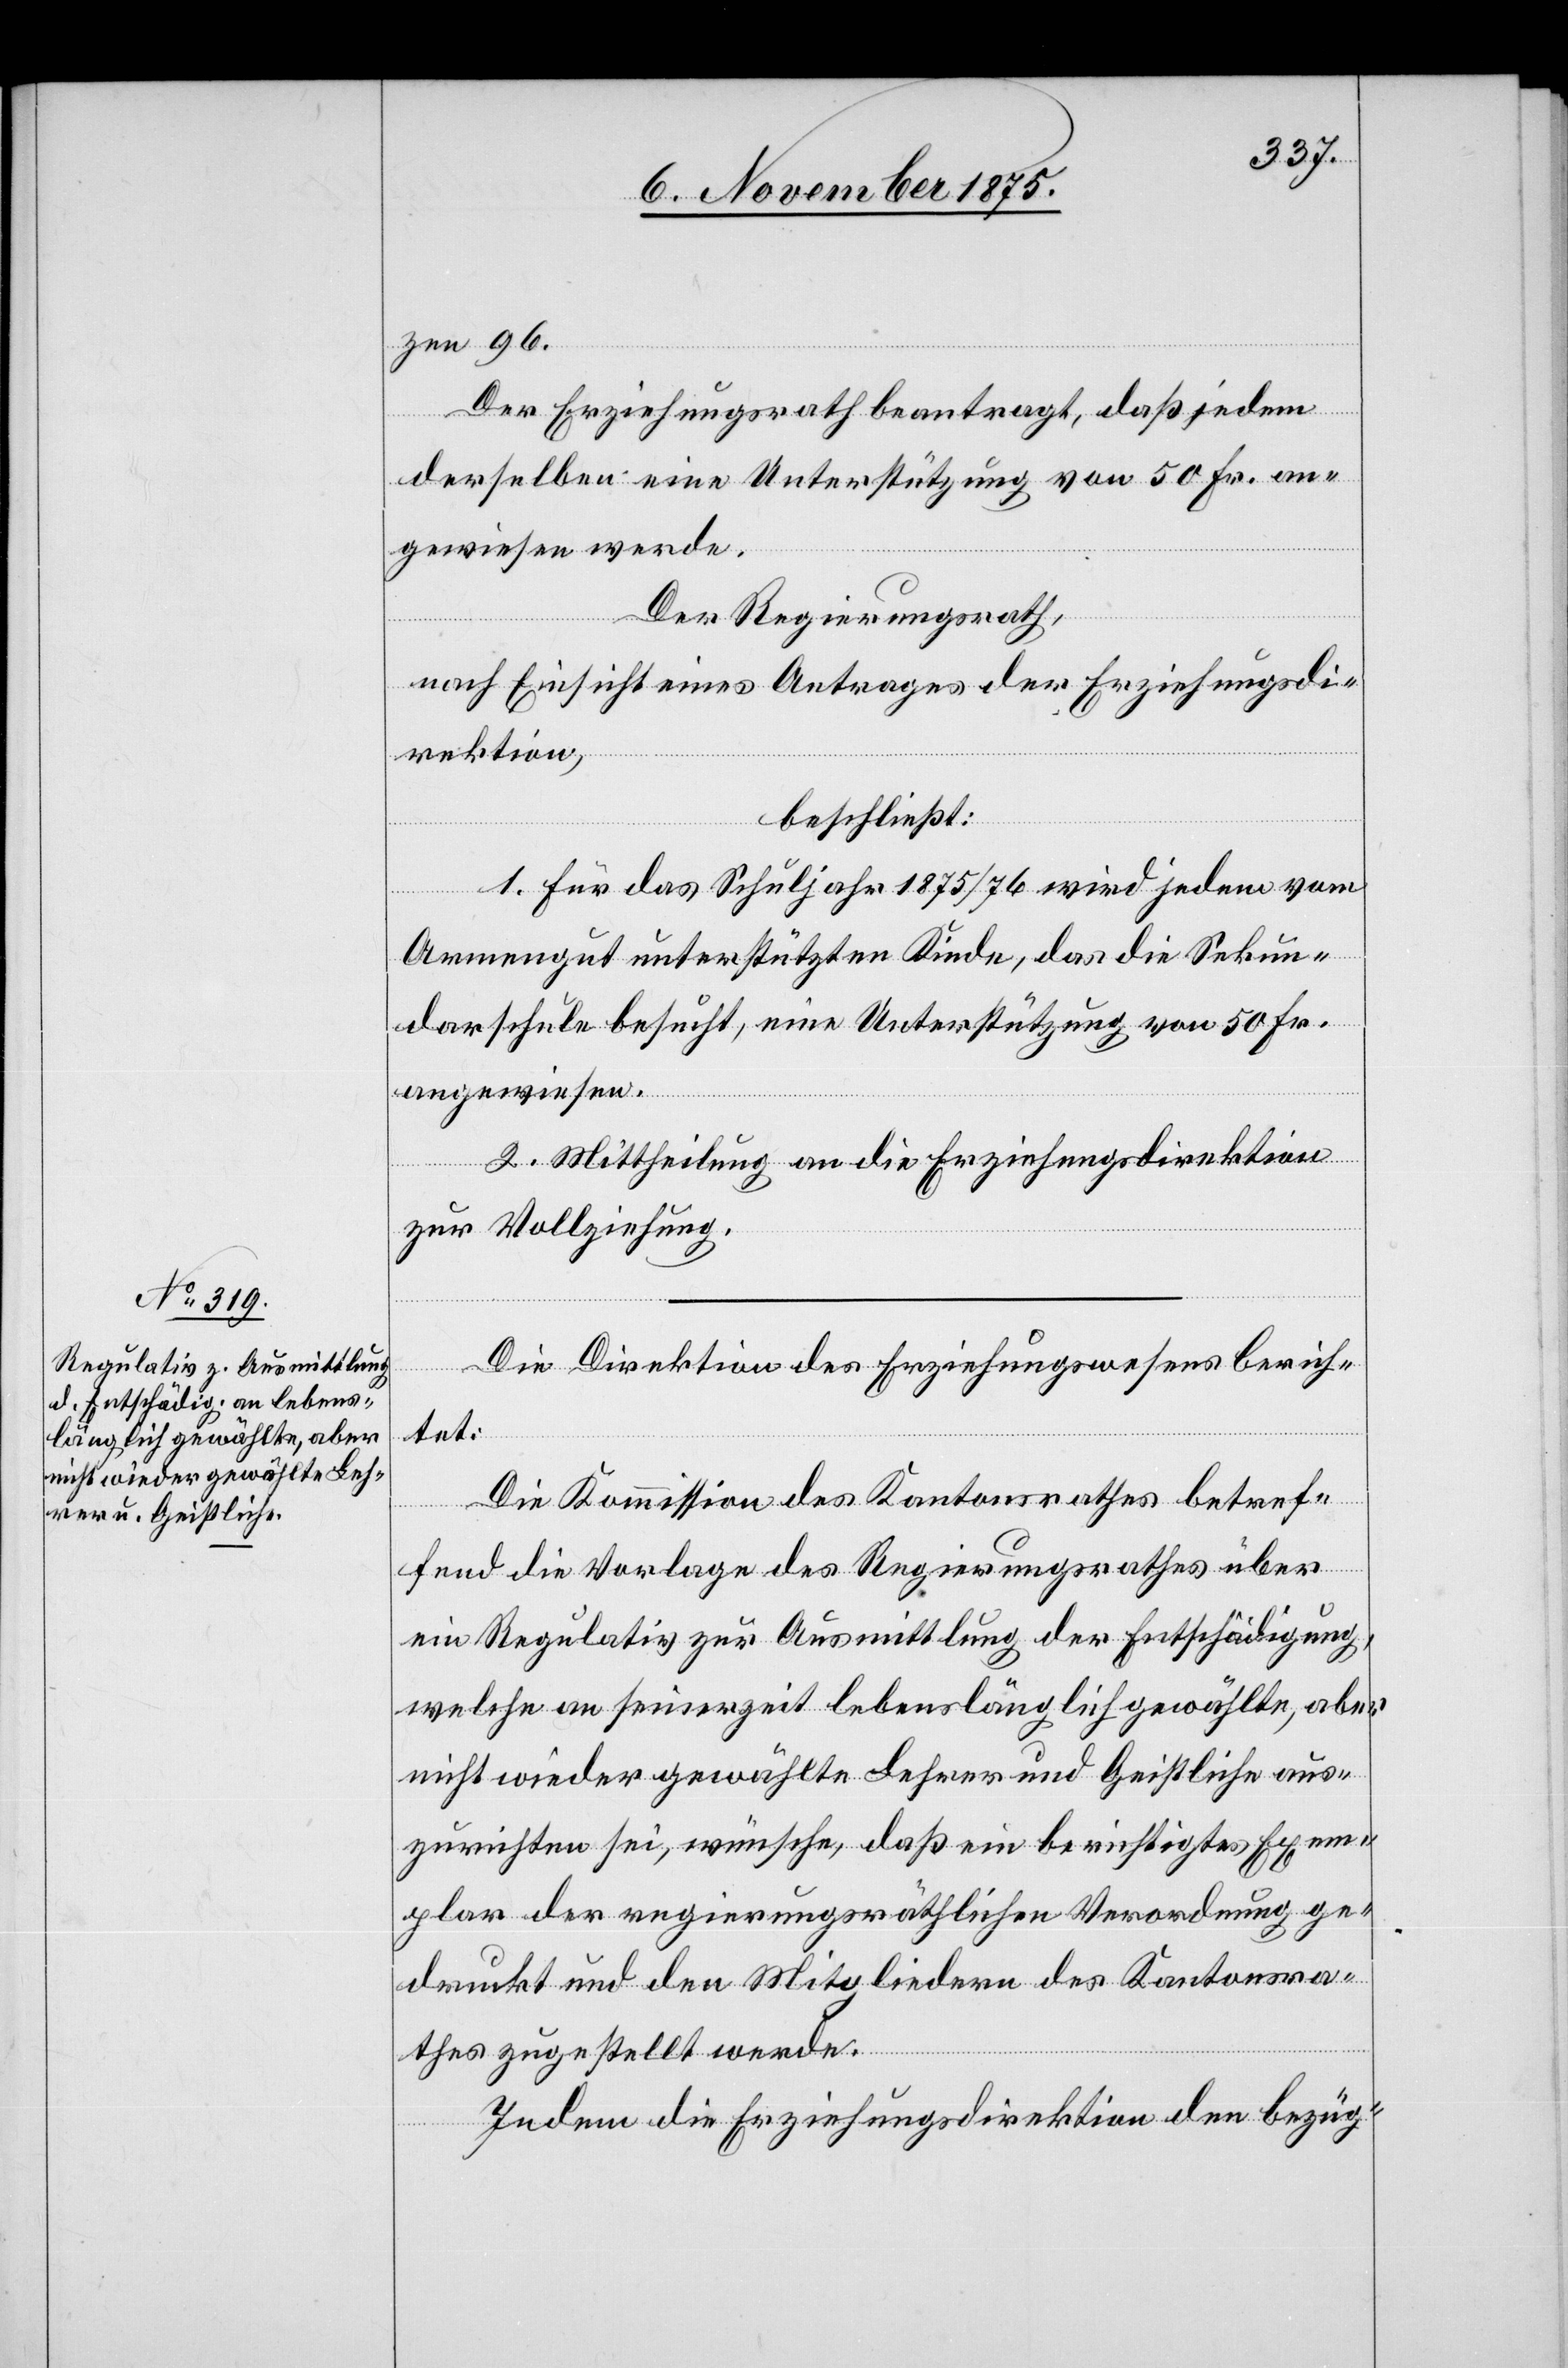
zen 96.
Der Erziehungsrath beantragt, daß jedem
derselben eine Unterstützung von 50 Fr. an¬
gewiesen werde.
Der Regierungsrath,
nach Einsicht eines Antrages der Erziehungsdi¬
rektion,
beschließt:
1. Für das Schuljahr 1875/76 wird jedem vom
Armengut unterstützten Kinde, das die Sekun¬
darschule besucht, eine Unterstützung von 50 Fr.
angewiesen.
2. Mittheilung an die Erziehungsdirektion
zur Vollziehung.
Die Direktion des Erziehungswesens berich¬
tet:
Die Kommission des Kantonsrathes betref¬
fend die Vorlage des Regierungsrathes über
ein Regulativ zur Ausmittlung der Entschädigung,
welche an seinerzeit lebenslänglich gewählte, aber
nicht wiedergewählte Lehrer und Geistliche aus¬
zurichten sei, wünsche, daß ein berichtigtes Exem¬
plar der regierungsräthlichen Verordnung ge¬
druckt und den Mitgliedern des Kantonsra¬
thes zugestellt werde.
Indem die Erziehungsdirektion den bezüg-